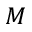
M